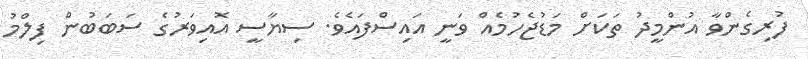
ފުރިގެންވާ އުންމީދު ތަކަށް މަޑުޖެހުމެއް ވަނީ އައިސްފައެވެ. ސިޔާސީ އޮއިވަރުގެ ސަބަބުން ފިލްމު